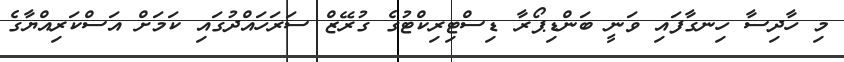
މި ހާދިސާ ހިނގާފައި ވަނީ ބަންޑިޕޯރާ ޑިސްޓިރިކްޓުގެ ގުރޭޒް ސަރަހައްދުގައި ކަމަށް އަސްކަރިއްޔާގެ